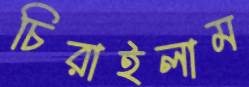
চিরাইলাম